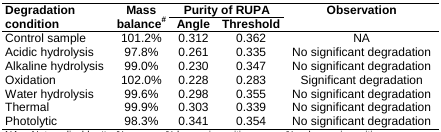
<table><thead><tr><td rowspan="2"><b>Degradation condition</b></td><td rowspan="2"><b>Mass balance<sup>#</sup></b></td><td colspan="2"><b>Purity of RUPA</b></td><td rowspan="2"><b>Observation</b></td></tr><tr><td><b>Angle</b></td><td><b>Threshold</b></td></tr></thead><tbody><tr><td>Control sample</td><td>101.2%</td><td>0.312</td><td>0.362</td><td>NA</td></tr><tr><td>Acidic hydrolysis</td><td>97.8%</td><td>0.261</td><td>0.335</td><td>No significant degradation</td></tr><tr><td>Alkaline hydrolysis</td><td>99.0%</td><td>0.230</td><td>0.347</td><td>No significant degradation</td></tr><tr><td>Oxidation</td><td>102.0%</td><td>0.228</td><td>0.283</td><td>Significant degradation</td></tr><tr><td>Water hydrolysis</td><td>99.6%</td><td>0.298</td><td>0.355</td><td>No significant degradation</td></tr><tr><td>Thermal</td><td>99.9%</td><td>0.303</td><td>0.339</td><td>No significant degradation</td></tr><tr><td>Photolytic</td><td>98.3%</td><td>0.341</td><td>0.354</td><td>No significant degradation</td></tr></tbody></table>